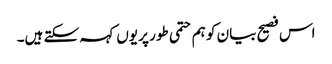
اس فصیح بیان کو ہم حتمی طور پر یوں کہہ سکتے ہیں۔